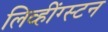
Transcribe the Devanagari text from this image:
लिव्हींग्स्टन